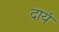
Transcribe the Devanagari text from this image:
दायं